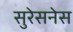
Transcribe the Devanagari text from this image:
सुरेसनेस